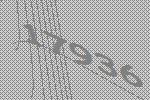
17936